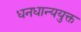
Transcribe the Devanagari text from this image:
धनधान्ययुक्त